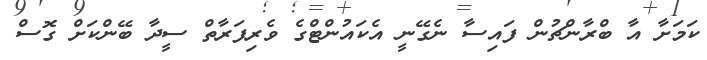
ކަމަށާ އާ ބްރާންޗުން ފައިސާ ނެގޭނީ އެކައުންޓްގެ ވެރިފަރާތް ސީދާ ބޭންކަށް ގޮސް